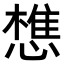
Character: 𢡫